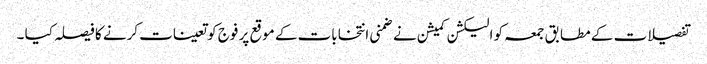
تفصیلات کے مطابق جمعہ کو الیکشن کمیشن نے ضمنی انتخابات کے موقع پر فوج کو تعینات کرنے کا فیصلہ کیا ۔